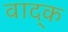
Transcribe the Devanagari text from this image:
वाद्क